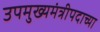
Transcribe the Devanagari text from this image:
उपमुख्यमंत्रीपदाच्या